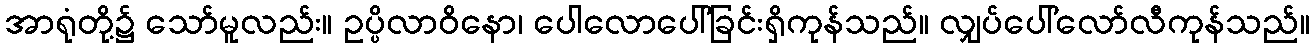
အာရုံတို့၌ သော်မူလည်း။ ဥပ္ပိလာဝိနော၊ ပေါလောပေါ်ခြင်းရှိကုန်သည်။ လျှပ်ပေါ်လော်လီကုန်သည်။